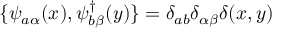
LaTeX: \{ \psi _ { a \alpha } ( x ) , \psi _ { b \beta } ^ { \dagger } ( y ) \} = \delta _ { a b } \delta _ { \alpha \beta } \delta ( x , y )